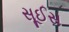
સૂઈસ